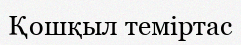
Қошқыл теміртас